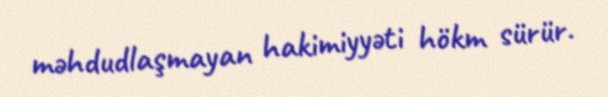
məhdudlaşmayan hakimiyyəti hökm sürür.